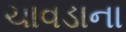
ચાવડાના